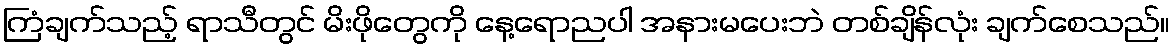
ကြံချက်သည့် ရာသီတွင် မိးဖိုတွေကို နေ့ရောညပါ အနားမပေးဘဲ တစ်ချိန်လုံး ချက်စေသည်။